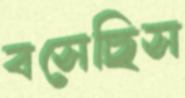
বসেছিস